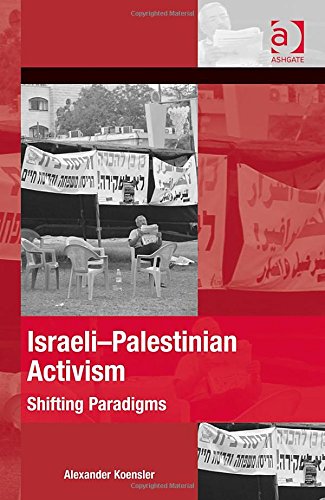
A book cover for Israeli-Palestinian Activism: Shifting Paradigms (The Mobilization Series on Social Movements, Protest, and Culture); Alexander Koensler; Literature & Fiction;